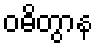
ဝဓိတွာန